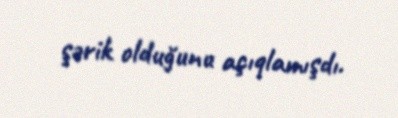
şərik olduğunu açıqlamışdı.